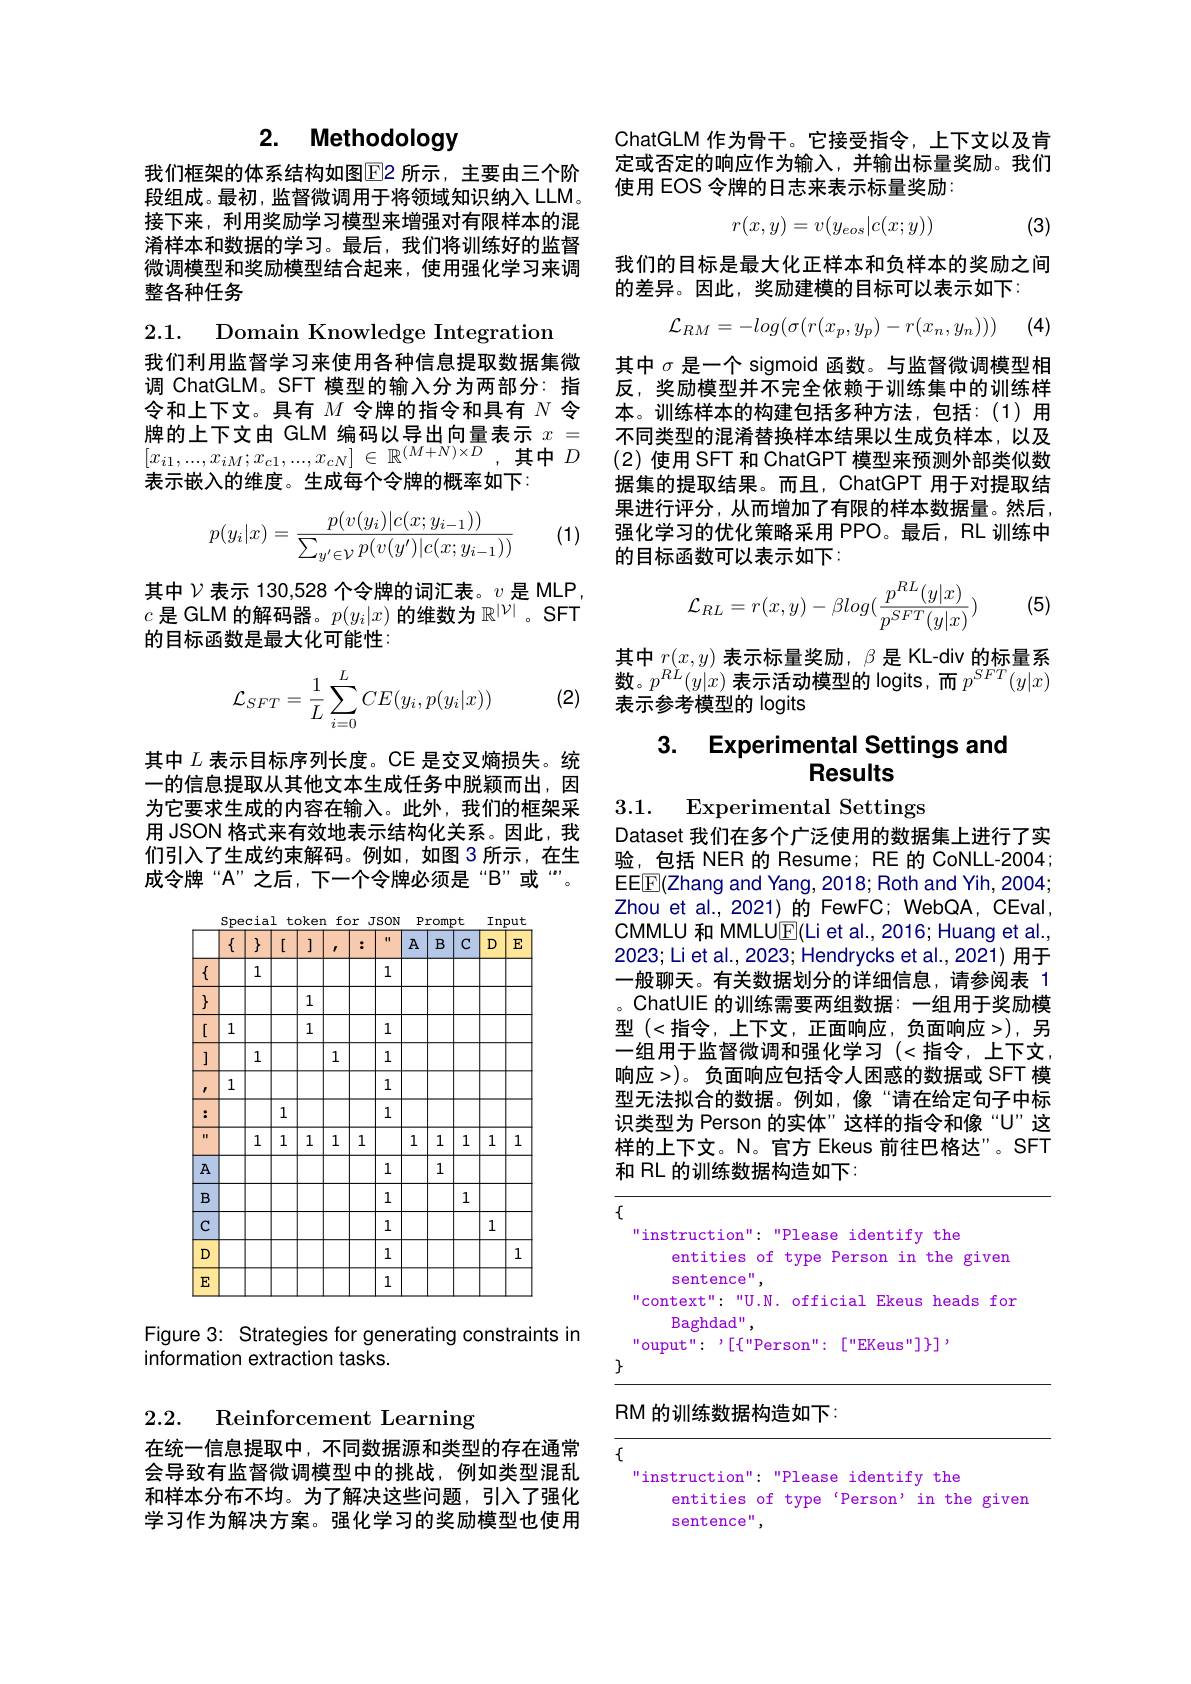
## 2. Methodology

我们框架的体系结构如图$\color{red}{\mathrm{E}}$2 所示，主要由三个阶段组成。最初，监督微调用于将领域知识纳入 LLM。接下来，利用奖励学习模型来增强对有限样本的混淆样本和数据的学习。最后，我们将训练好的监督微调模型和奖励模型结合起来，使用强化学习来调整各种任务

2.1. Domain Knowledge Integration

我们利用监督学习来使用各种信息提取数据集微调 ChatGLM。SFT 模型的输入分为两部分：指令和上下文。具有$M$令牌的指令和具有$N$令牌的上下文由 GLM 编码以导出向量表示$x=$ $[ x_{i1}, . . . , x_{iM}; x_{c1}, . . . , x_{cN}]$ $\in$ $\mathbb{R} ^{( M+ N) \times D}$,其中$D$ 表示嵌入的维度。生成每个令牌的概率如下：
$$p(y_i|x)=\frac{p(v(y_i)|c(x;y_{i-1}))}{\sum_{y'\in\mathcal{V}}p(v(y')|c(x;y_{i-1}))}$$
(1)

其中$\nu$表示 130,528 个令牌的词汇表。$\upsilon$是 MLP, $c$是 GLM 的解码器。$p(y_i|x)$的维数为$\mathbb{R}^|\mathcal{V}|$。SFT 的目标函数是最大化可能性

(2)
$$\mathcal{L}_{SFT}=\dfrac{1}{L}\sum_{i=0}^{L}CE(y_i,p(y_i|x))$$
其中$L$表示目标序列长度。CE 是交叉熵损失。统一的信息提取从其他文本生成任务中脱颖而出，因为它要求生成的内容在输入。此外，我们的框架采用 JSON 格式来有效地表示结构化关系。因此，我们引入了生成约束解码。例如，如图 3 所示，在生成令牌“A”之后，下一个令牌必须是“B”或“”。

<FigureHere>

Figure 3: Strategies for generating constraints in
information extraction tasks.

2.2.

Reinforcement Learning

在统一信息提取中，不同数据源和类型的存在通常会导致有监督微调模型中的挑战，例如类型混乱和样本分布不均。为了解决这些问题，引入了强化学习作为解决方案。强化学习的奖励模型也使用

ChatGLM 作为骨干。它接受指令，上下文以及肯定或否定的响应作为输入，并输出标量奖励。我们使用 EOS 令牌的日志来表示标量奖励：
$$r(x,y)=v(y_{eos}|c(x;y))$$
(3)

我们的目标是最大化正样本和负样本的奖励之间
的差异。因此，奖励建模的目标可以表示如下：

(4)
$$\mathcal{L}_{RM}=-log(\sigma(r(x_p,y_p)-r(x_n,y_n)))$$
其中$\sigma$是一个 sigmoid 函数。与监督微调模型相反，奖励模型并不完全依赖于训练集中的训练样本。训练样本的构建包括多种方法，包括：(1)用不同类型的混淆替换样本结果以生成负样本，以及(2)使用 SFT 和 ChatGPT 模型来预测外部类似数据集的提取结果。而且，ChatGPT 用于对提取结果进行评分，从而增加了有限的样本数据量。然后， 强化学习的优化策略采用 PPO。最后，RL 训练中的目标函数可以表示如下：

(5)
$$\mathcal{L}_{RL}=r(x,y)-\beta log(\frac{p^{RL}(y|x)}{p^{SFT}(y|x)})$$
其中$r(x,y)$ 表示标量奖励，$\beta$ 是 KL-div 的标量系数。$p^RL(y|x)$表示活动模型的 logits,而$p^SFT(y|x)$ 表示参考模型的 logits

## 3. Experimental Settings and Results

3.1. Experimental Settings

Dataset 我们在多个广泛使用的数据集上进行了实验，包括 NER 的 Resume; RE 的 CoNLL-2004 EEE(Zhang and Yang, 2018; Roth and Yih, 2004; Zhou et al., 2021) 的 FewFC; WebQA, CEval, $\mathsf{CMMLU}$和 MMLU$\mathsf{E}(\mathsf{Lietal.,2016;Huangetal.,}$ 2023; Li et al., 2023; Hendrycks et al., 2021) 用于一般聊天。有关数据划分的详细信息，请参阅表 1 。ChatUIE 的训练需要两组数据：一组用于奖励模型(<指令，上下文，正面响应，负面响应>),另一组用于监督微调和强化学习(<指令，上下文， 响应>)。负面响应包括令人困惑的数据或 SFT 模型无法拟合的数据。例如，像“请在给定句子中标识类型为 Person 的实体”这样的指令和像“U”这样的上下文。N。官方 Ekeus 前往巴格达”。SFT 和 RL 的训练数据构造如下

$\{$

"instruction" "Please identify the
entities of type Person in the given
sentence'',
context": "U.N. official Ekeus heads for
Baghdad ",
$"ouput":'[\{"Person":["EKeus"]\}]$,
$\}$

# RM 的训练数据构造如下：

instruction" "Please identify the
entities of type‘Person’in the given
sentence",